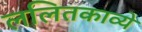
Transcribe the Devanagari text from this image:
ललितकाव्ये